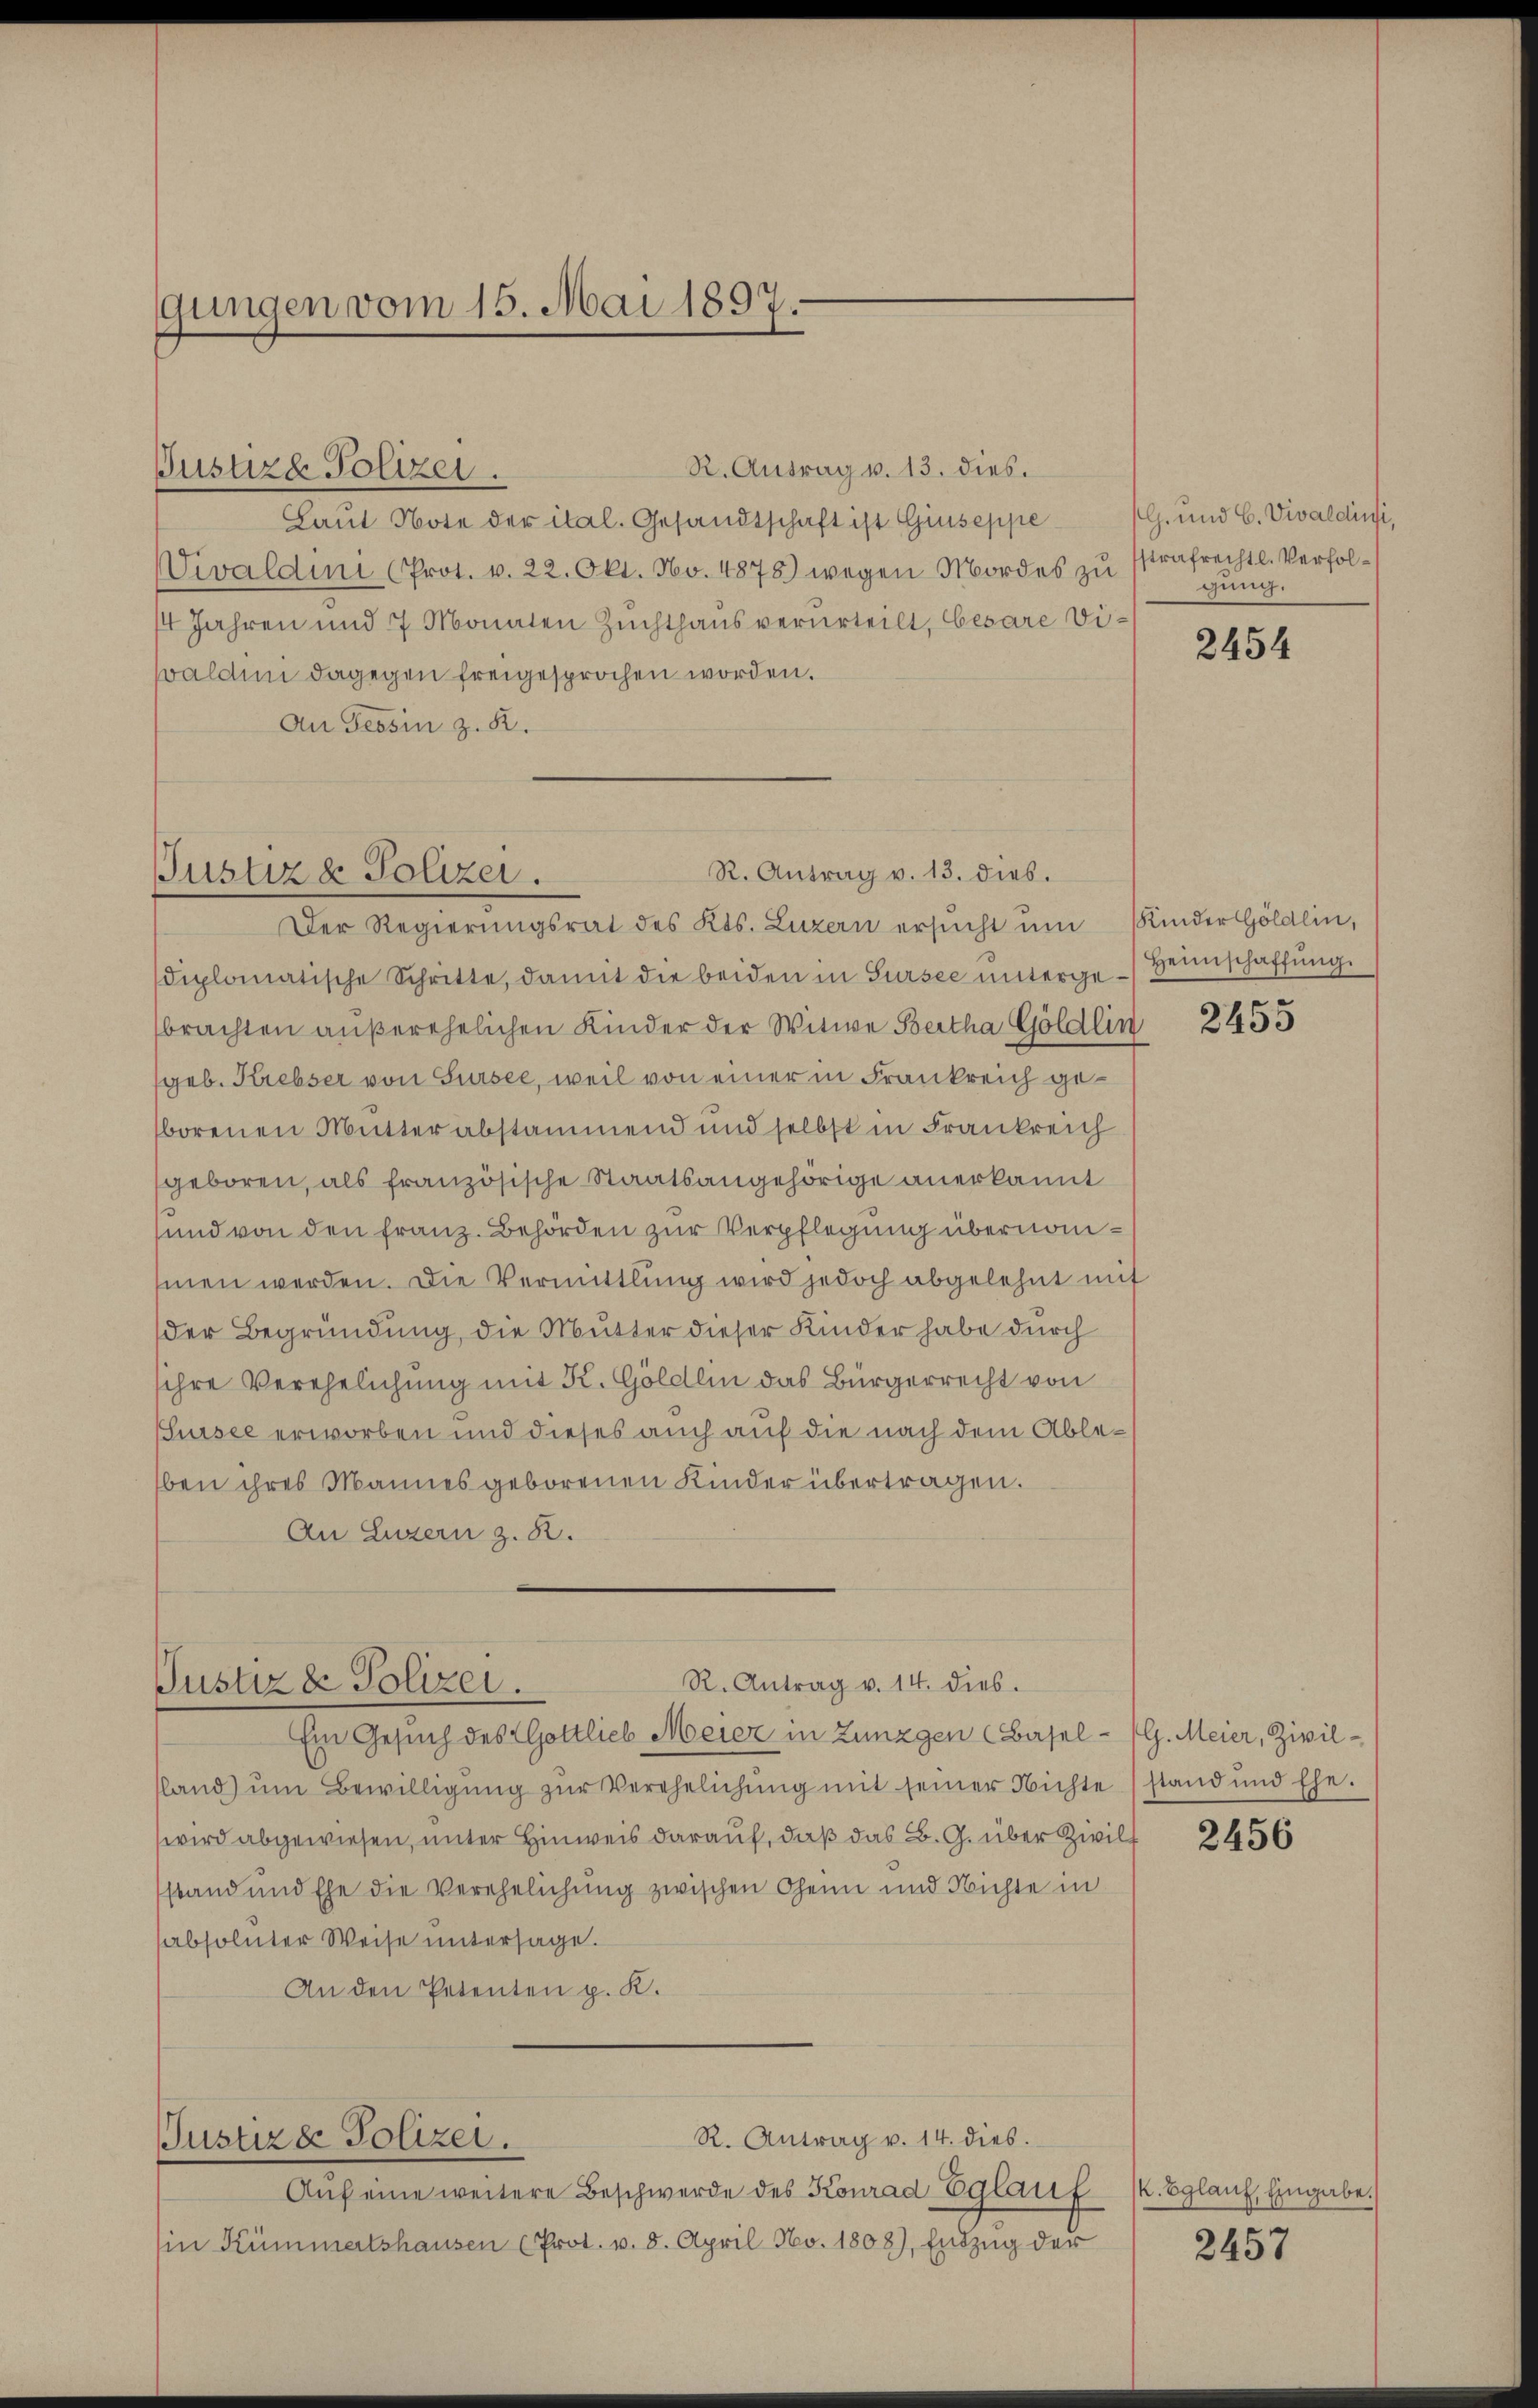
gungen vom 15. Mai 1897.

Justizd Polizei.

R. Antrag v. 13. dies.
Lant Note der ital. Gesandtschaft ist Giuseppe
Vivaldini (Prot. v. 22. Okt. No. 4875) wegen Mordes zu strafrechtl. Verfol¬
14 Jahren und 7 Monaten Zuchthaus verurteilt, besare Diwaldini dagegen freigesprochen worden.
An Tessin z. B.

R. Antrag v. 13. dies.
Justiz & Polizei.

Der Regierŭngsrat des Kts. Luzern ersŭcht ŭm Kinder Göldlin,
diplomatische Schritte, damit die beiden in Sursee ŭnterge-Heimschaffŭng.
brachten außerehelichen Kinder der Witwe Bertha Göldlin
geb. Krebser von Sursee, weil von einer in Frankreich geborenen Mutter abstammend und selbst in Frankreich
geboren, als französische Staatsangehörige anerkannt
und von den Franz. Behörden zur Verpflegung übernomsmen werden. Die Vermittlung wird jedoch abgelehnt mit
der Begründung, die Mutter dieser Kinder habe durch
sihre Verehelichung mit K. Göldlin das Bürgerrecht von
Sursee erworben und dieses auch auf die nach dem Ableben ihres Mannes geborenen Kinder übertragen.
An Luzern z. B.

Ein Gesuch des Gottlieb Meier in Zünzgen (Basel- (G. Meier, Zivilsland ŭm Bewilligŭng zŭr Verehelichŭng mit seiner Nichte stand und Ehe.
wird abgewiesen, unter Hinweis darauf, daß das B. G. über Zivilf
stand und Ehe die Verehelichung zwischen Oheim und Nichte in
absoluter Weise untersage.
An den Petenten p. K.

R. Antrag v. 14. dies.
Justiz & Polizei.

Aŭf eine weitere Beschwerde des Konrad Eglauf
in Kümmertshausen (Prot. v. 8. April No. 1808), Entzŭg der

R. Antrag v. 14. dies.
Justizde Polizei.

G. und C. Vivaldinsi,
gung.

2454

2455

2456

K. Eglauf, Eingabe.

2457